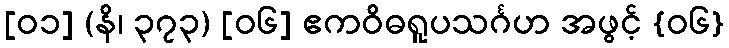
[၀၁] (နိ၊ ၃၇၃) [၀၆] ဧကဝိဓရူပသင်္ဂဟ အဖွင့် {၀၆}